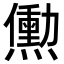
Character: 𬋒